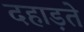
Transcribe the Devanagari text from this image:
दहाड़ते